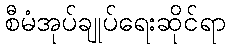
စီမံအုပ်ချုပ်ရေးဆိုင်ရာ